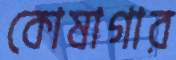
কোষাগার